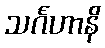
သင်္ဂဟာနိ